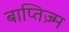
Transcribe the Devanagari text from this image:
बाप्तिज़्म